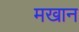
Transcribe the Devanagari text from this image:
मखान